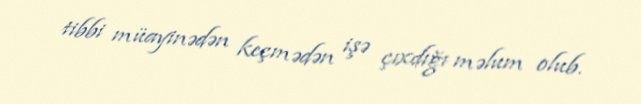
tibbi müayinədən keçmədən işə çıxdığı məlum olub.